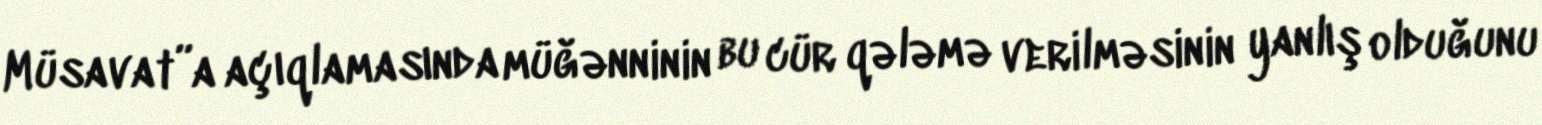
Müsavat”a açıqlamasında müğənninin bu cür qələmə verilməsinin yanlış olduğunu